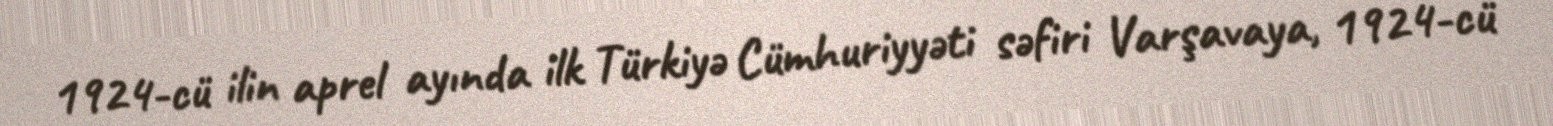
1924-cü ilin aprel ayında ilk Türkiyə Cümhuriyyəti səfiri Varşavaya, 1924-cü